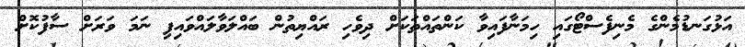
އަޅުގަނޑުމެންގެ މެނިފެސްޓޯގައި ހިމަނާފައިވާ ކަންތައްތަކަށް ދިވެހި ރައްޔިތުން ބައްލަވާލައްވައިފި ނަމަ ވަރަށް ސާފުކޮށް